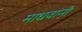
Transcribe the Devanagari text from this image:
माधवांनी